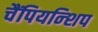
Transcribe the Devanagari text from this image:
चैंपियन्शिप